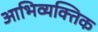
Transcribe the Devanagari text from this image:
आभिव्यक्तिक